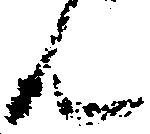
ん